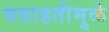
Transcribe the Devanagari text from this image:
वसाहतीमुळे